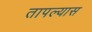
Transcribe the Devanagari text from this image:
तापल्यास